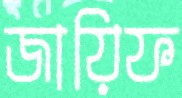
জায়িফ